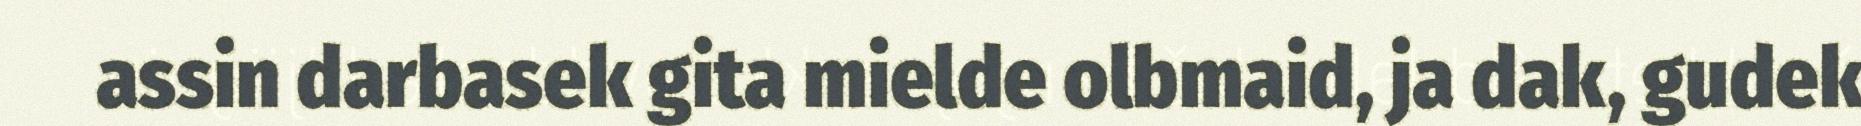
assin darbasek gita mielde olbmaid, ja dak, gudek